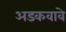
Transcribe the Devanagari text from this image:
अडकवावे